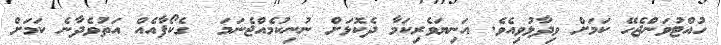
ހުއްޓުވަންޖެހޭ ކަމަށް ވިދާޅުވިއެވެ. އަނިޔަވެރިކަމާ ދެކޮޅަށް ނުނިކުމެއްޖެނަމަ  ގެކޯފާއެއް އަތުވެދާނެ ކަމަށް